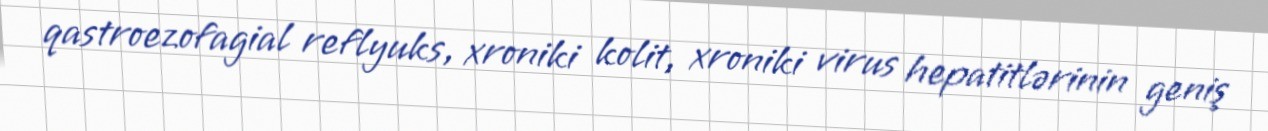
qastroezofagial reflyuks, xroniki kolit, xroniki virus hepatitlərinin geniş